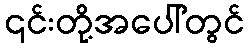
၎င်းတို့အပေါ်တွင်